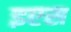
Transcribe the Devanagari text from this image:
इएस